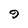
Character: 9